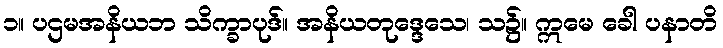
၁။ ပဌမအနိယဘ သိက္ခာပုဒ်။ အနိယတုဒ္ဒေသေ၊ သ၌။ ဣမေ ခေါ ပနာတိ